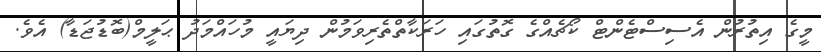
މީގެ އިތުރުން އެސިސްޓެންޓް ކޯޗެއްގެ ގޮތުގައި ހަރަކާތްތެރިވަމުން ދިޔައީ މުހައްމަދު ޙަލީމް(ބޮޑުޖަޑާ) އެވެ.